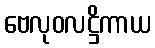
ဗေလုဝလဋ္ဌိကာယ